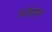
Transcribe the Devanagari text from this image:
बार्बराला